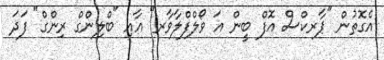
އެގޮތުން "ޕާރކްސް އޮފް ބީން އަ ވޯލްފްލާވާރ" އާއި "ބްލިންގް ރިންގް" ފަދަ